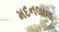
મદનલાલ